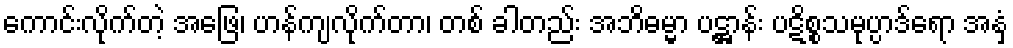
ကောင်းလိုက်တဲ့ အဖြေ၊ ဟန်ကျလိုက်တာ၊ တစ် ခါတည်း အဘိဓမ္မာ ပဋ္ဌာန်း ပဋိစ္စသမုပ္ပာဒ်ရော အနှံ့